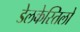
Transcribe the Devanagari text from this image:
डेलकेस्तिलो